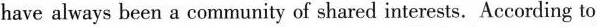
have always been a community of shared interests. According to